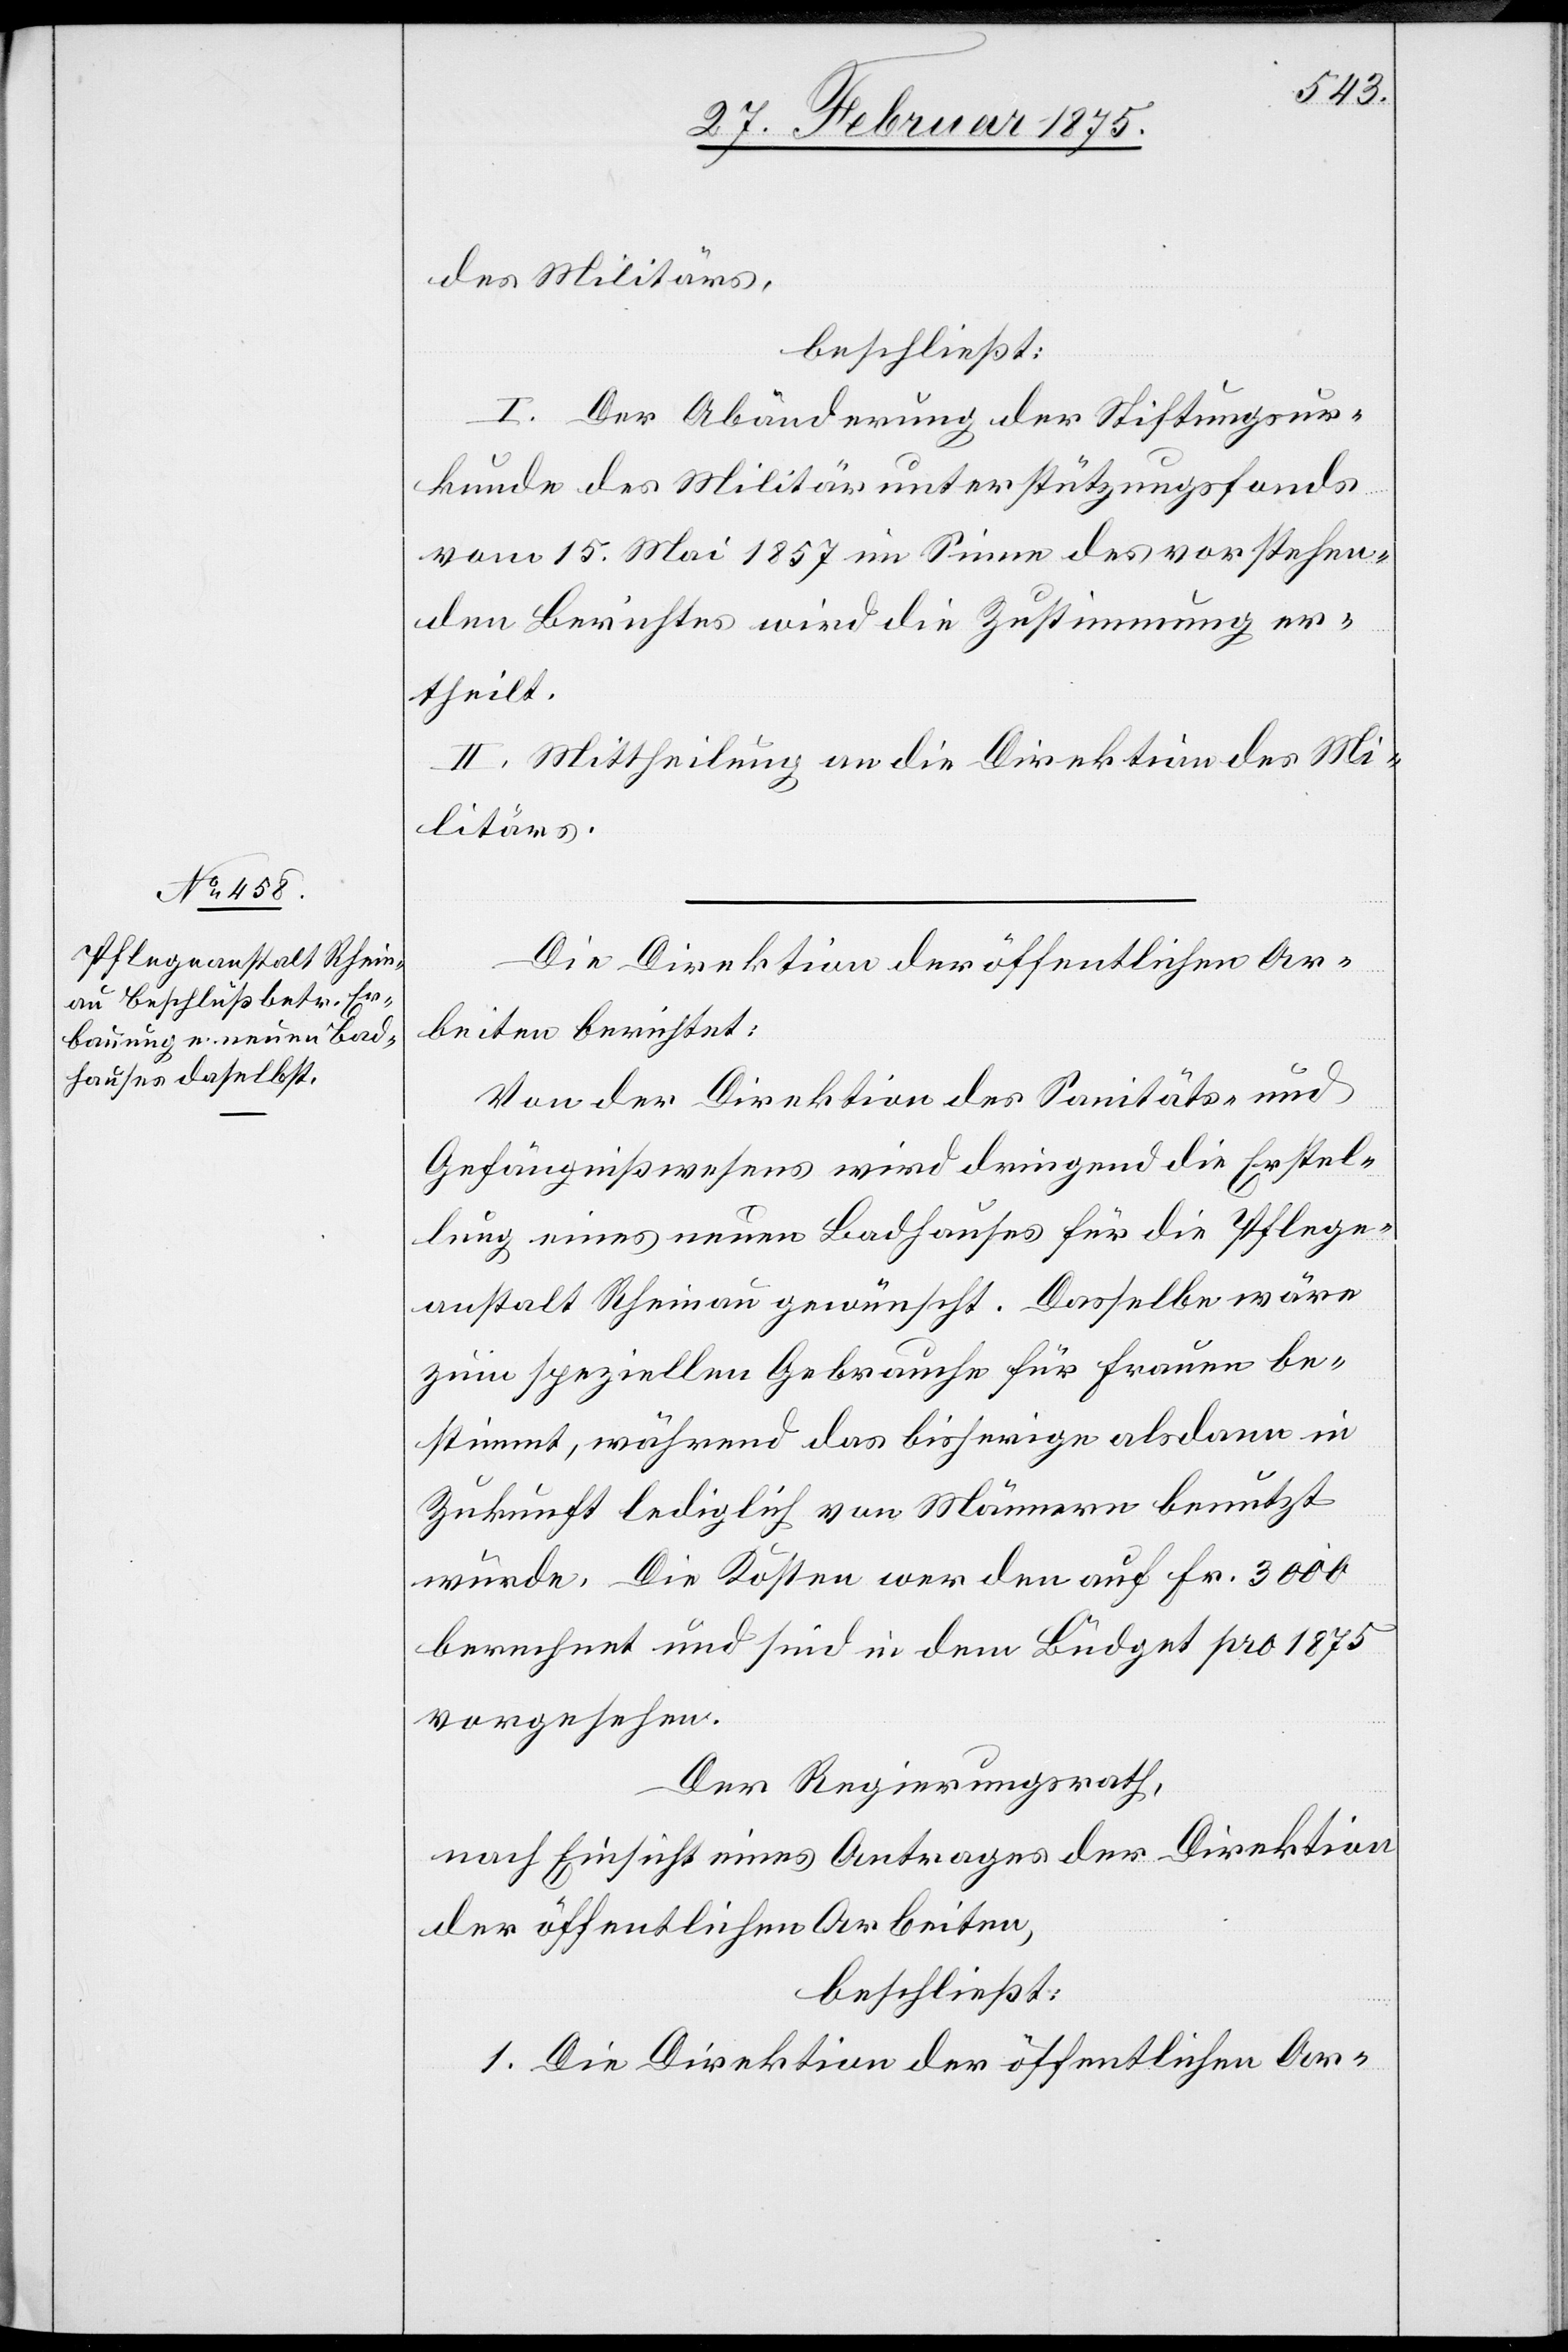
des Militärs,
beschließt:
I. Der Abänderung der Stiftungsur¬
kunde des Militärunterstützungsfonds
vom 15. Mai 1857 im Sinne des vorstehen¬
den Berichtes wird die Zustimmung er¬
theilt.
II. Mittheilung an die Direktion des Mi¬
litärs.
Die Direktion der öffentlichen Ar¬
beiten berichtet:
Von der Direktion des Sanitäts- und
Gefängnißwesens wird dringend die Erstel¬
lung eines neuen Badhauses für die Pflege¬
anstalt Rheinau gewünscht. Dasselbe wäre
zum speziellen Gebrauche für Frauen be¬
stimmt, während das bisherige alsdann in
Zukunft lediglich von Männern benutzt
würde. Die Kosten werden auf Fr. 3000
berechnet und sind in dem Büdget pro 1875
vorgesehen.
Der Regierungsrath,
nach Einsicht eines Antrages der Direktion
der öffentlichen Arbeiten,
beschließt:
1. Die Direktion der öffentlichen Ar-